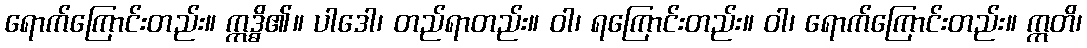
ရောက်ကြောင်းတည်း။ ဣဒ္ဓိ၏။ ပါဒေါ၊ တည်ရာတည်း။ ဝါ၊ ရကြောင်းတည်း။ ဝါ၊ ရောက်ကြောင်းတည်း။ ဣတိ၊